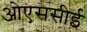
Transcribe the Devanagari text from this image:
ओएससीई